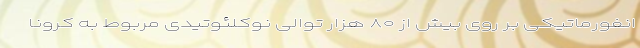
انفورماتیکی بر روی بیش از ۸۰ هزار توالی نوکلئوتیدی مربوط به کرونا